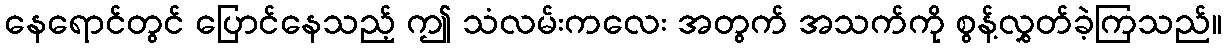
နေရောင်တွင် ပြောင်နေသည့် ဤ သံလမ်းကလေး အတွက် အသက်ကို စွန့်လွှတ်ခဲ့ကြသည်။